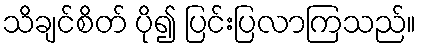
သိချင်စိတ် ပို၍ ပြင်းပြလာကြသည်။